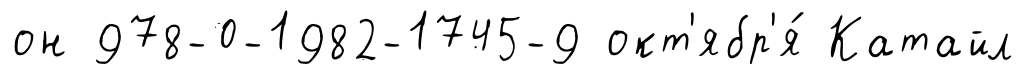
он 978-0-1982-1745-9 окт'ябр'я́ Катайл